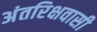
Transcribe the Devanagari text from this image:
अंतरिक्षवासी